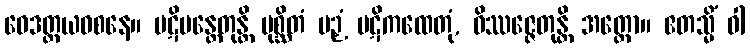
ဝေဒတ္တယဝစနေ။ ပဋိမန္တေတုန္တိ ပုစ္ဆိတံ ပဉှံ ပဋိကထေတုံ, ဝိဿဇ္ဇေတုန္တိ အတ္ထော။ ဧတသ္မိံ ဝါ